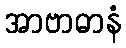
အာဗာဓာနံ